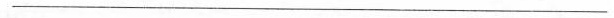
___